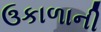
ઉકાળાની